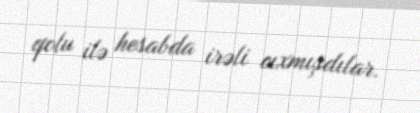
qolu ilə hesabda irəli cıxmışdılar.